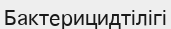
Бактерицидтілігі